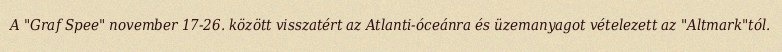
A "Graf Spee" november 17-26. között visszatért az Atlanti-óceánra és üzemanyagot vételezett az "Altmark"tól.